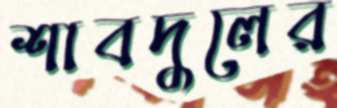
শাবদুলের